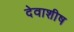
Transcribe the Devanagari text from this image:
देवाशीष